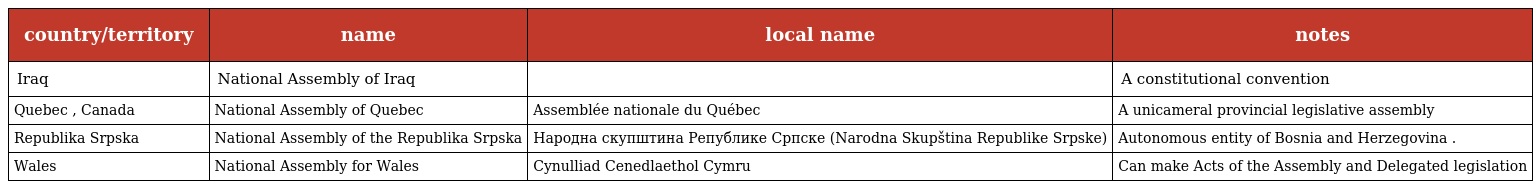
| country/territory | name | local name | notes |
 | --- | --- | --- | --- |
 | Iraq | National Assembly of Iraq |  | A constitutional convention |
 | Quebec , Canada | National Assembly of Quebec | Assemblée nationale du Québec | A unicameral provincial legislative assembly |
 | Republika Srpska | National Assembly of the Republika Srpska | Народна скупштина Републике Сpпcке (Narodna Skupština Republike Srpske) | Autonomous entity of Bosnia and Herzegovina . |
 | Wales | National Assembly for Wales | Cynulliad Cenedlaethol Cymru | Can make Acts of the Assembly and Delegated legislation |